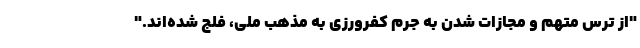
"از ترس متهم و مجازات شدن به جرم کفرورزی به مذهب ملی، فلج شده‌اند."